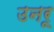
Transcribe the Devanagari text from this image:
उनरू